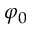
\varphi _ { 0 }